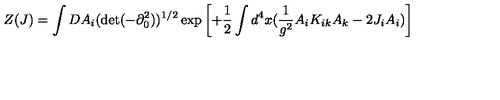
Z ( J ) = \int D A _ { i } ( \det ( - \partial _ { 0 } ^ { 2 } ) ) ^ { 1 / 2 } \exp \left[ + \frac { 1 } { 2 } \int d ^ { 4 } x ( \frac { 1 } { g ^ { 2 } } A _ { i } K _ { i k } A _ { k } - 2 J _ { i } A _ { i } ) \right]